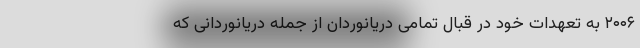
۲۰۰۶ به تعهدات خود در قبال تمامی دریانوردان از جمله دریانوردانی که